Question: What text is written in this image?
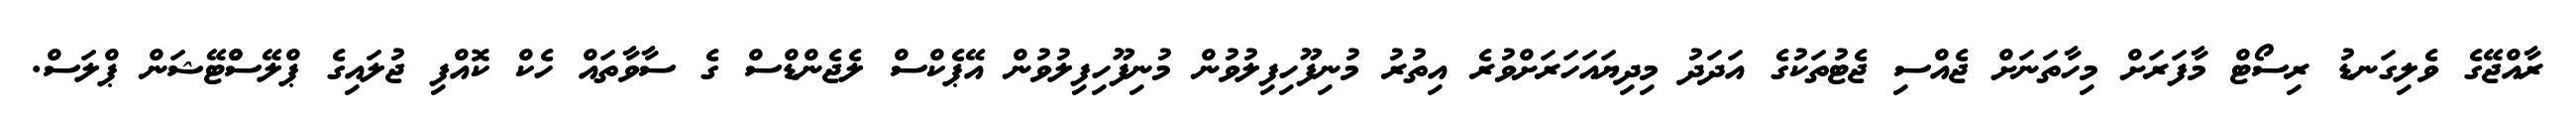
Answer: ރާއްޖޭގެ ވެލިގަނޑު ރިސޯޓް މާފަރަށް މިހާތަނަށް ޖެއްސި ޖެޓުތަކުގެ އަދަދު މިދިޔައަހަރަށްވުރެ އިތުރު މުނިފޫހިފިލުވުން މުނިފޫހިފިލުވުން އޭޕެކްސް ލެޖެންޑްސް ގެ ސާވާތައް ހެކް ކޮއްފި ޖުލައިގެ ޕްލޭސްްޓޭޝަން ޕްލަސް.